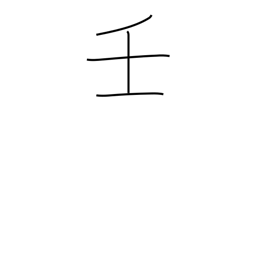
Meaning: 9th calendar sign